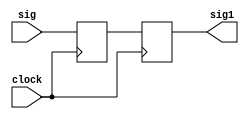
`timescale 1ns / 1ps

module sync(input sig, clock, output reg sig1);

reg meta;

always @ (posedge clock) begin

meta <= sig;
sig1 <= meta;

end
endmodule